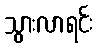
သွားလာရင်း